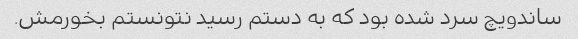
ساندویچ سرد شده بود که به دستم رسید نتونستم بخورمش.